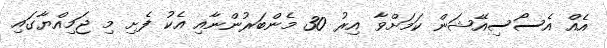
އެއް އެސޯސިއޭޝަން ކަމަށްވާ އިރު 30 މެންބަރުންނާއި އެކު ފެށި މި ޖަމިއްޔާގައި